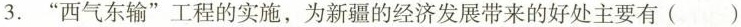
3. ”西气东输”工程的实施，为新疆的经济发展带来的好处主要有()